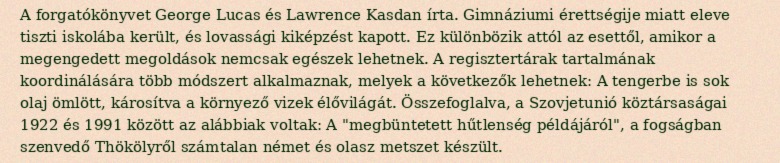
A forgatókönyvet George Lucas és Lawrence Kasdan írta. Gimnáziumi érettségije miatt eleve tiszti iskolába került, és lovassági kiképzést kapott. Ez különbözik attól az esettől, amikor a megengedett megoldások nemcsak egészek lehetnek. A regisztertárak tartalmának koordinálására több módszert alkalmaznak, melyek a következők lehetnek: A tengerbe is sok olaj ömlött, károsítva a környező vizek élővilágát. Összefoglalva, a Szovjetunió köztársaságai 1922 és 1991 között az alábbiak voltak: A "megbüntetett hűtlenség példájáról", a fogságban szenvedő Thökölyről számtalan német és olasz metszet készült.